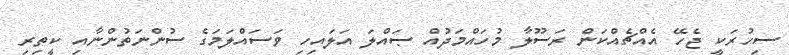
ސިހުރަކީ ޖެހޭ އެއްޗެއްކަން ރަސޫލާ މުހައްމަދުއް ޞައްލަ އަލައިހި ވަސައްލަމަގެ ސުންނަތުންނާއި ކީތިރި